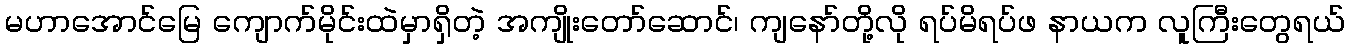
မဟာအောင်မြေ ကျောက်မိုင်းထဲမှာရှိတဲ့ အကျိုးတော်ဆောင်၊ ကျနော်တို့လို ရပ်မိရပ်ဖ နာယက လူကြီးတွေရယ်